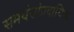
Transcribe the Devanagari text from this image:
समर्थसांप्रदायिक